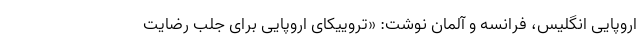
اروپایی انگلیس، فرانسه و آلمان نوشت: «تروییکای اروپایی برای جلب رضایت